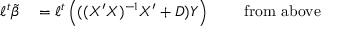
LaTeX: \begin{array} { r l r l } { \ell ^ { t } { \tilde { \beta } } } & { { } = \ell ^ { t } \left( ( ( X ^ { \prime } X ) ^ { - 1 } X ^ { \prime } + D ) Y \right) } & { } & { { } { \mathrm { ~ f r o m ~ a b o v e } } } \end{array}